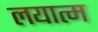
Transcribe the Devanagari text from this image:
लयात्म